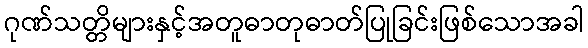
ဂုဏ်သတ္တိများနှင့်အတူဓာတုဓာတ်ပြုခြင်းဖြစ်သောအခါ